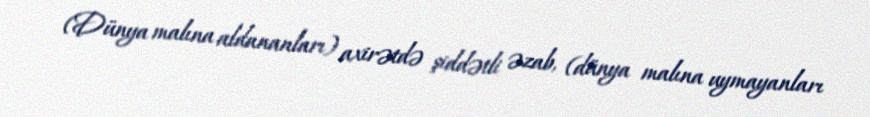
(Dünya malına aldananları) axirətdə şiddətli əzab, (dünya malına uymayanları